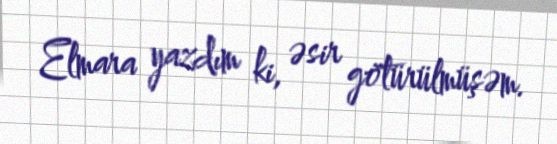
Elmara yazdım ki, əsir götürülmüşəm.